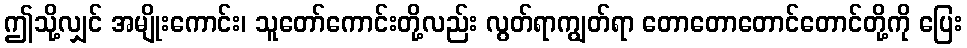
ဤသို့လျှင် အမျိုးကောင်း၊ သူတော်ကောင်းတို့လည်း လွတ်ရာကျွတ်ရာ တောတောတောင်တောင်တို့ကို ပြေး